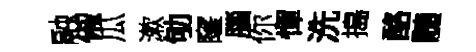
融俶瓜漱劬窿腦你憚洗搗酪髄